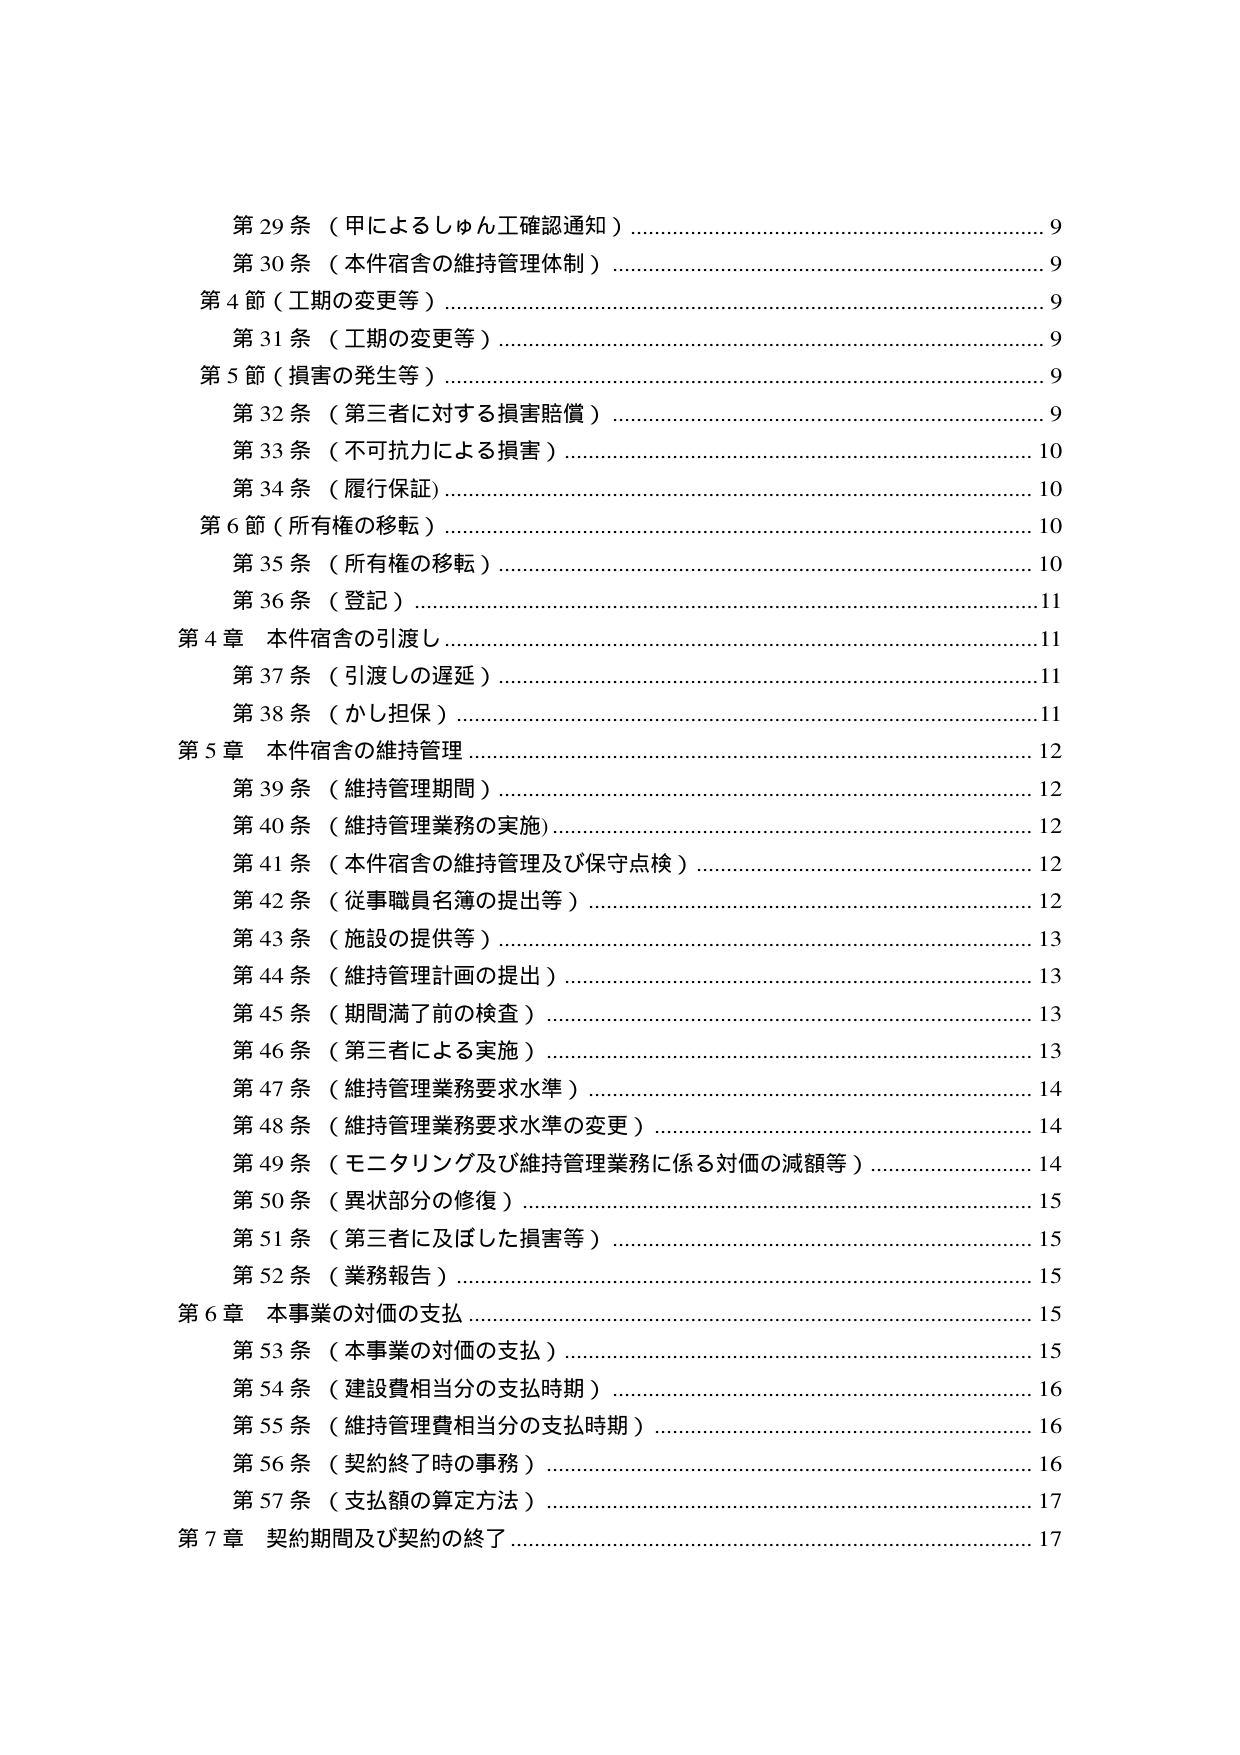
第29条（甲によるしゅん工確認通知）……………………………………9
第30条（本件宿舎の維持管理体制）……………………………………9
第4節（工期の変更等）……………………………………………………9
第31条（工期の変更等）……………………………………………………9
第5節（損害の発生等）……………………………………………………9
第32条（第三者に対する損害賠償）……………………………………9
第33条（不可抗力による損害）…………………………………………10
第34条（履行保証）………………………………………………………10
第6節（所有権の移転）……………………………………………………10
第35条（所有権の移転）……………………………………………………10
第36条（登記）………………………………………………………………11
第4章 本件宿舎の引渡し…………………………………………………11
第37条（引渡しの遅延）……………………………………………………11
第38条（かし担保）…………………………………………………………11
第5章 本件宿舎の維持管理………………………………………………12
第39条（維持管理期間）……………………………………………………12
第40条（維持管理業務の実施）…………………………………………12
第41条（本件宿舎の維持管理及び保守点検）…………………………12
第42条（従事職員名簿の提出等）………………………………………12
第43条（施設の提供等）……………………………………………………13
第44条（維持管理計画の提出）…………………………………………13
第45条（期間満了前の検査）……………………………………………13
第46条（第三者による実施）……………………………………………13
第47条（維持管理業務要求水準）………………………………………14
第48条（維持管理業務要求水準の変更）………………………………14
第49条（モニタリング及び維持管理業務に係る対価の減額等）……14
第50条（異状部分の修復）………………………………………………15
第51条（第三者に及ぼした損害等）……………………………………15
第52条（業務報告）………………………………………………………15
第6章 本事業の対価の支払………………………………………………15
第53条（本事業の対価の支払）…………………………………………15
第54条（建設費相当分の支払時期）……………………………………16
第55条（維持管理費相当分の支払時期）………………………………16
第56条（契約終了時の事務）……………………………………………16
第57条（支払額の算定方法）……………………………………………17
第7章 契約期間及び契約の終了…………………………………………17